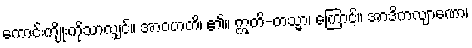
ကောင်းကျိုးကိုသာလျှင်။ အာဝဟတိ၊ ၏။ ဣတိ-တသ္မာ၊ ကြောင့်။ အာဒိကလျာဏော၊